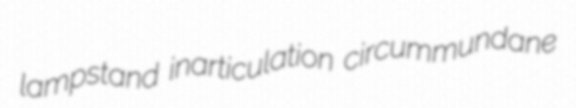
lampstand inarticulation circummundane